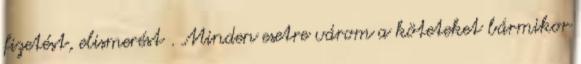
fizetést, elismerést . Minden esetre várom a köteteket bármikor